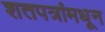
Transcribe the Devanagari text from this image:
शतपत्रांमधून